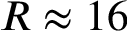
R \approx 1 6